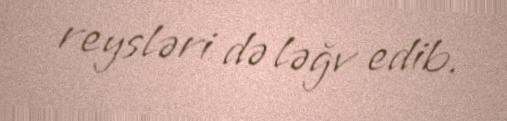
reysləri də ləğv edib.